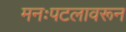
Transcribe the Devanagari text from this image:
मनःपटलावरून